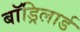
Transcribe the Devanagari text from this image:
बॉड्रिलार्ड